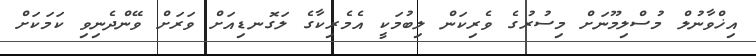
އިޚްވާނުލް މުސްލިމޫނަށް މިސުރުގެ ވެރިކަން ލިބުމަކީ އެމެރިކާގެ ލަގޮނޑިއަށް ވަރަށް ވޭންދެނިވި ކަމަކަށް